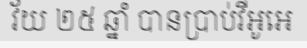
វ័យ ២៥ ឆ្នាំ បានប្រាប់វីអូអេ